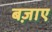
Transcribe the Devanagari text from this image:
बज़ाए